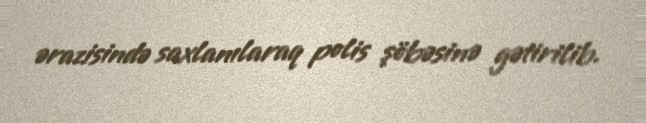
ərazisində saxlanılaraq polis şöbəsinə gətirilib.